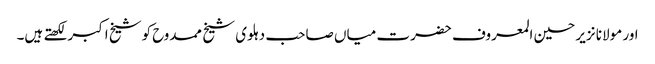
اور مولانا نزیر حسین المعروف حضرت میاں صاحب دہلوی شیخ ممدوح کوشیخ اکبر لکھتے ہیں۔